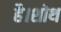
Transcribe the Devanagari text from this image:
है।शोथ